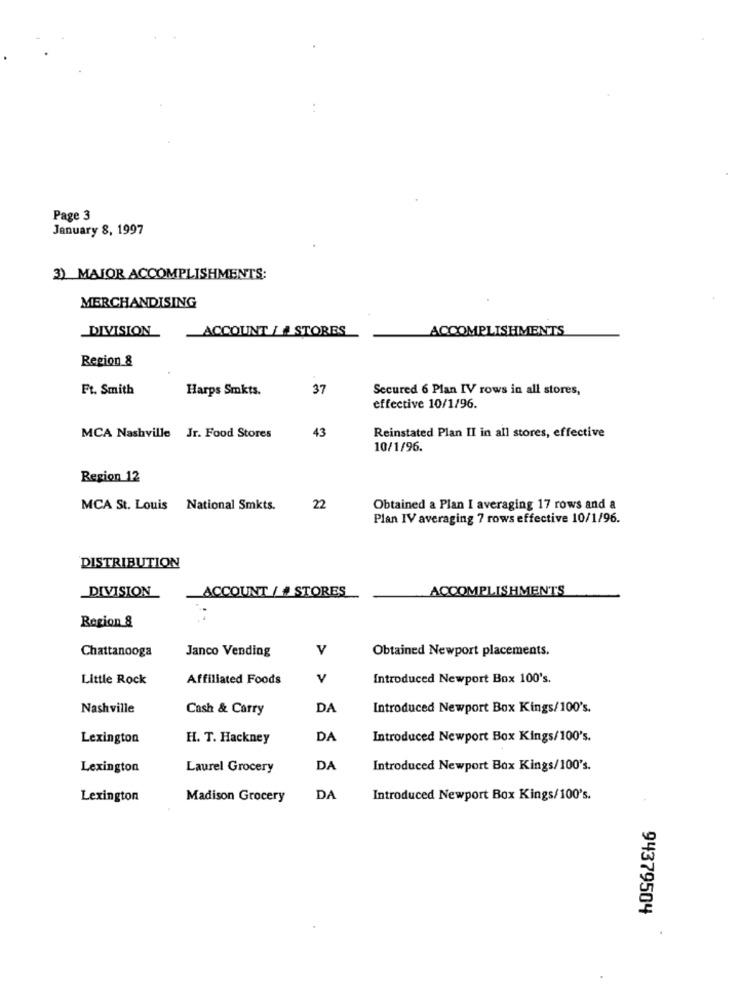
Page 3
January 8, 1997
3) MAJOR ACCOMPLISHMENTS:
MERCHANDISING
DIVISION
ACCOUNT _# STORES
ACCOMPLISHMENTS
Region &
Ft. Smith
Harps Smkts.
37
Secured 6 Plan IV rows in all stores,
effective 10/1/96.
43
Reinstated Plan II in all stores, effective
MCA Nashville Jr. Food Stores
10/1/96.
Region 12
MCA St. Louis National Smkts.
22
Obtained a Plan I averaging 17 rows and a
Plan IV averaging 7 rows effective 10/1/96.
DISTRIBUTION
ACCOUNT / # STORES
ACCOMPLISHMENTS
DIVISION
Region &
Chattanooga
V
Obtained Newport placements.
Janco Vending
Little Rock
Affiliated Foods
v
Introduced Newport Box 100's.
Nashville
Cash & Carry
DA
Introduced Newport Box Kings/100's.
Lexington
H. T. Hackney
DA
Introduced Newport Box Kings/100's.
Lexington
Laurel Grocery
DA
Introduced Newport Box Kings/100's.
Lexington
Madison Grocery
DA
Introduced Newport Box Kings/100's.
94379504